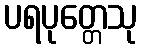
ပရပုတ္တေသု